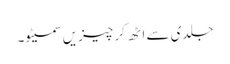
جلدی سے اٹھ کر چیزیں سمیٹو۔